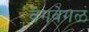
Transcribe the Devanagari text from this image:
वेगवेगळं